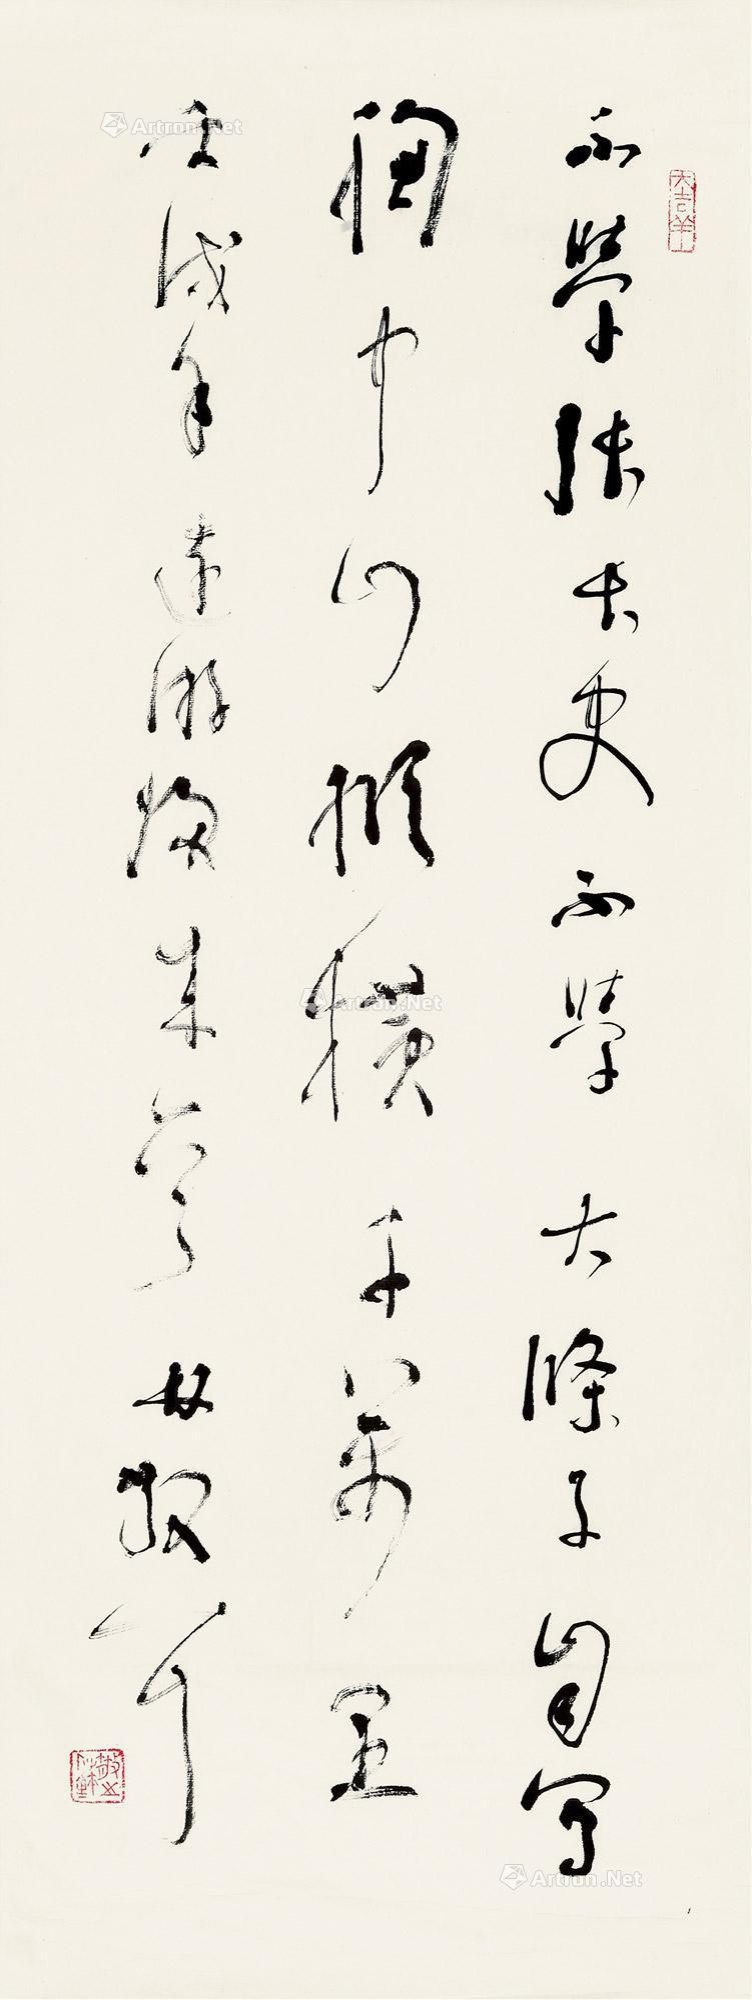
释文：不学张长史，不学大涤子，自写胸中山，纵横千万里。壬戌年（1982）远游归来一首。林散耳。